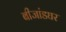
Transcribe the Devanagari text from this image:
बीजांडघर